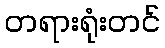
တရားရုံးတင်